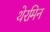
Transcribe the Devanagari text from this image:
थेरमिन